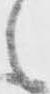
之